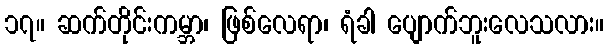
၁၇။ ဆက်တိုင်းကမ္ဘာ၊ ဖြစ်လေရာ၊ ရံခါ ပျောက်ဘူးလေသလား။